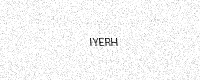
Text: IYERH